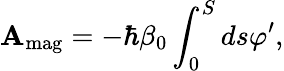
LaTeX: \mathbf{A}_{\mathrm{{mag}}}=-\hbar\beta_{0}\int_{0}^{S}ds\varphi^{\prime},